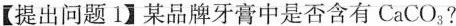
【提出问题1】某品牌牙膏中是否含有CaCO_{3}?